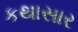
કથાસાર